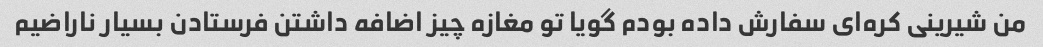
من شیرینی کره‌ای سفارش داده بودم گویا تو مغازه چیز اضافه داشتن فرستادن بسیار ناراضیم